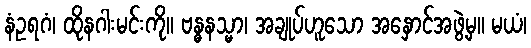
နံဥရဂံ၊ ထိုနဂါးမင်းကို။ ဗန္ဓနသ္မာ၊ အချုပ်ဟူသော အနှောင်အဖွဲ့မှ။ မယံ၊